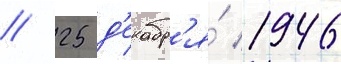
// 25 д'екабр'я́ 1946